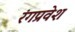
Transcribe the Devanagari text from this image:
रंगप्रवेश